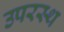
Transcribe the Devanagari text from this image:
उपरस्थ